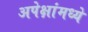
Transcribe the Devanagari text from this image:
अपेक्षांमध्ये